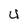
Character: 4